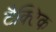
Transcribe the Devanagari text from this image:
टैक्टिक